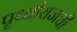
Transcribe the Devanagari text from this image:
पृथ्वीराजची